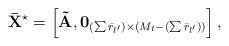
LaTeX: \begin{align*} {{\bf{\bar X}}^{\star}} = \left[ {{\bf{\tilde A}},{{\bf{0}}_{(\sum {{{\bar r}_{l'}}} ) \times ({M_t} - (\sum {{{\bar r}_{l'}}} ))}}} \right], \end{align*}